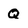
Character: Q